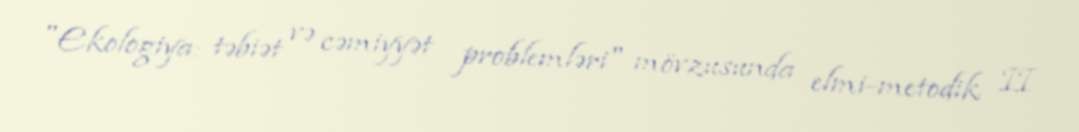
"Ekologiya: təbiət və cəmiyyət problemləri" mövzusunda elmi-metodik II